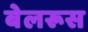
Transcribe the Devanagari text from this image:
बेलरूस